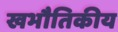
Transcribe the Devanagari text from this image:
खभौतिकीय